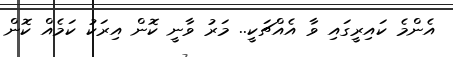
އެންމެ ކައިރީގައި ވާ އެއްޗަކީ.. މަރު ވާނީ ކޮން އިރަކު ކަމެއް ކޮން